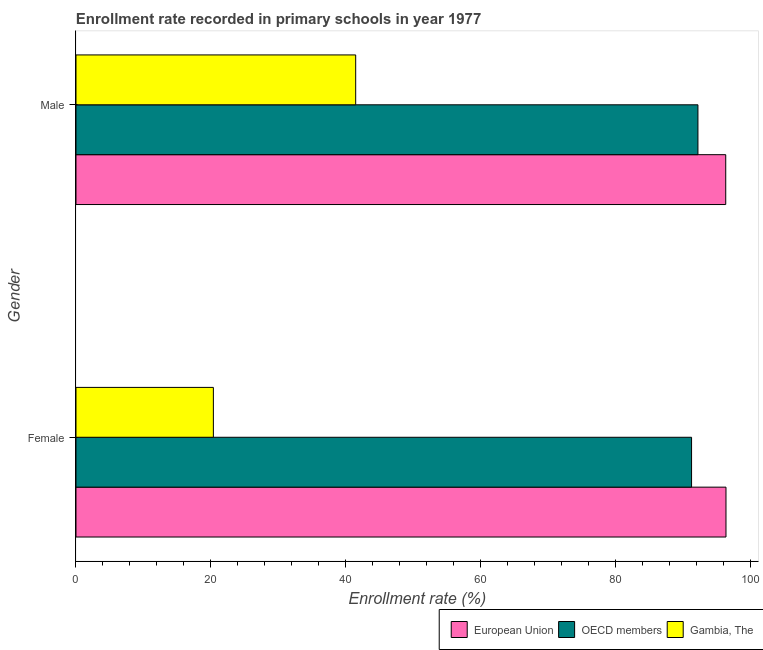
| Gender | European Union | OECD members | Gambia, The |
 | --- | --- | --- | --- |
 | Female | 96.3 | 91.2 | 20.4 |
 | Male | 96.3 | 92.2 | 41.5 |